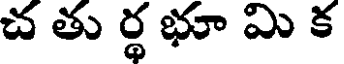
చ తు ర్థ భూ మి క